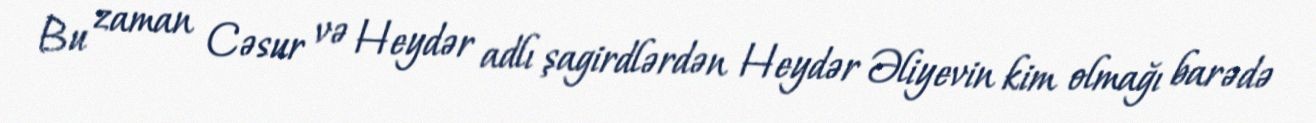
Bu zaman Cəsur və Heydər adlı şagirdlərdən Heydər Əliyevin kim olmağı barədə